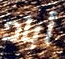
أباد